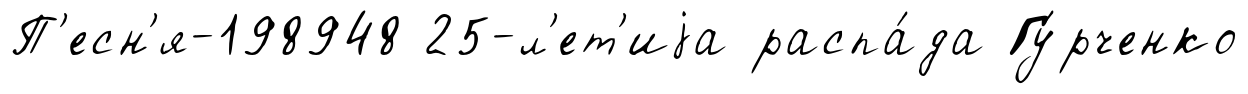
П'есн'я-198948 25-л'ет'иjа распа́да Гу́рченко